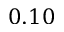
0 . 1 0